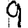
Digit: 9